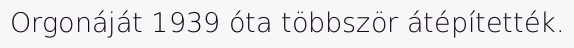
Orgonáját 1939 óta többször átépítették.